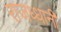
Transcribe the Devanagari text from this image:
राजध्धानी